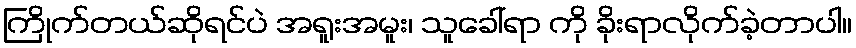
ကြိုက်တယ်ဆိုရင်ပဲ အရူးအမူး၊ သူခေါ်ရာ ကို ခိုးရာလိုက်ခဲ့တာပါ။